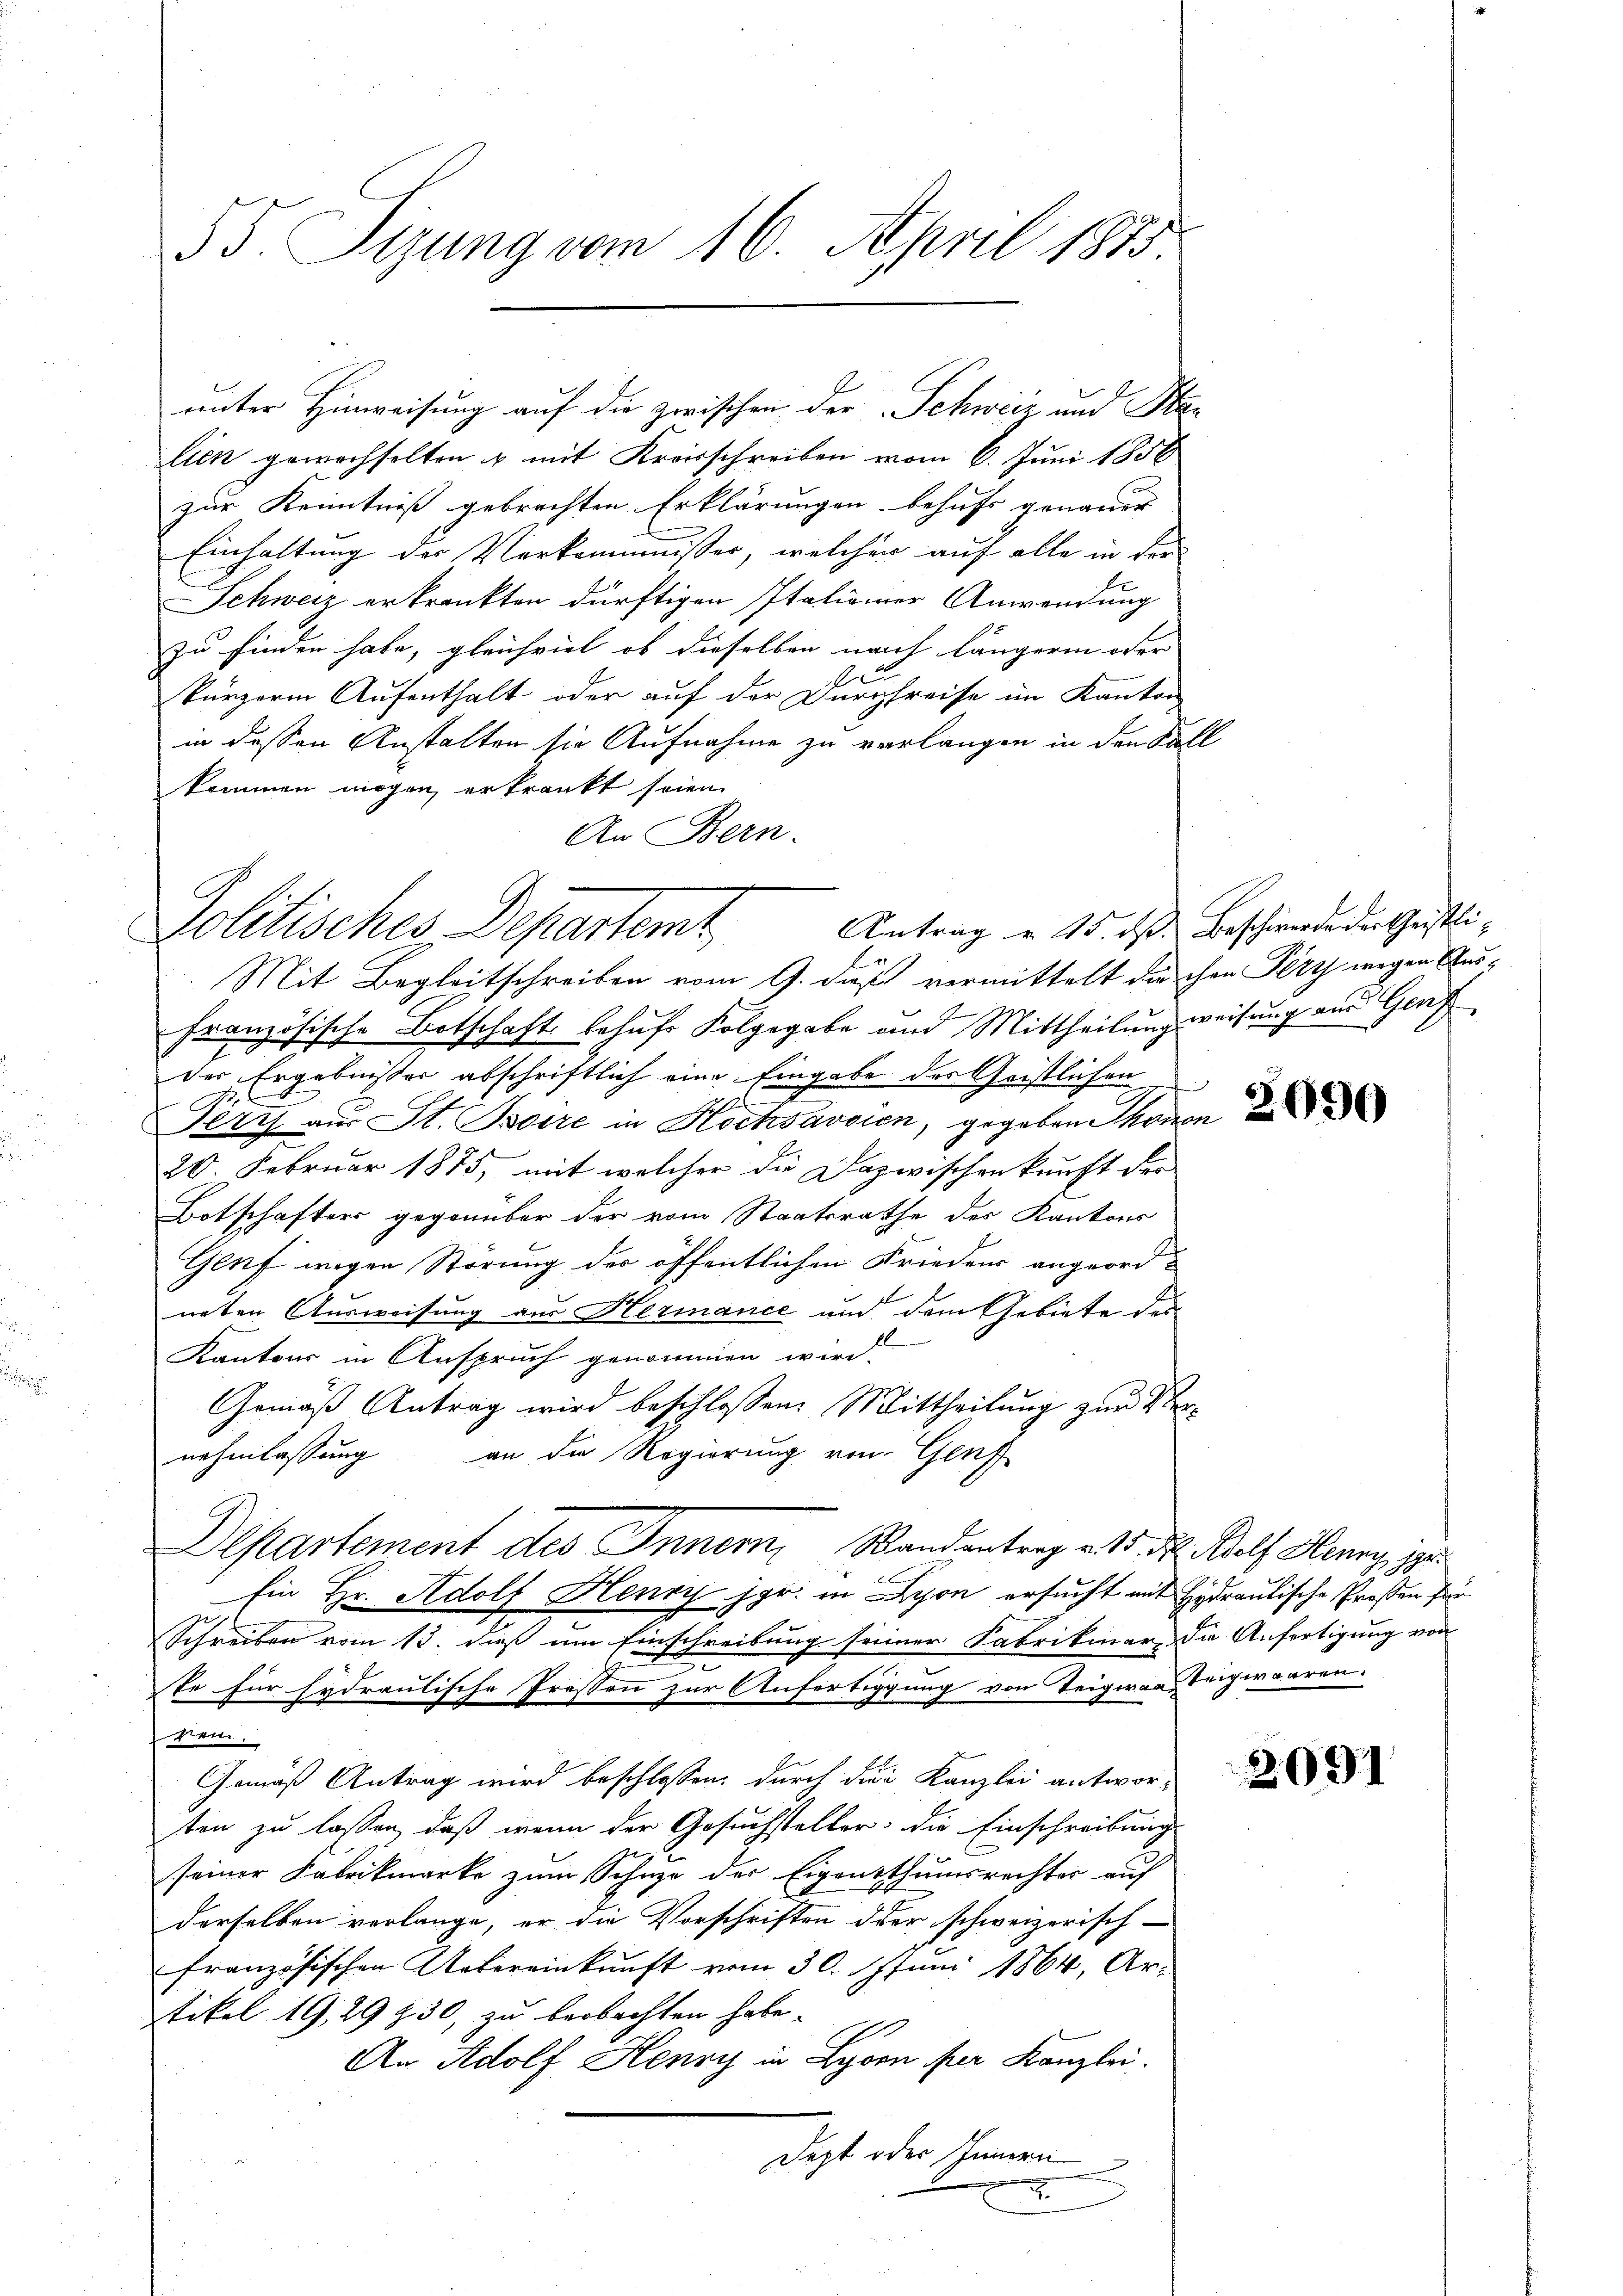
55. Tizung vom 16. April 1875.

unter Hinweisung auf die zwischen der Schweiz und Her
lick gewachselten & mit Kreisschreiben vom 6. Juni 1858
zur Kenntniß gebrachten Erklärungen behufs genauer
Einhaltung der Verkommnisser, welcher auf alle in der
Schweiz erkrankten dürftigen Italiener Anwendung
zu finden habe, gleichviel ob dieselben nach längeren oder
1
kürzern Aufenthalt oder auf der Durchreise im Kanton
in dessen Anstalten sie Aufnahme zu verlangen in den Kall
kommen mögen, erkrankt seien.
An Bern.

Antrag u. 15. ds Beschwerde der Christli-
Politisches Departent

Mit Begleitschreiben vom 9. dieß vermittelt die ihre Petz wegen Aus-
Französische Botschaft behufe Folgegabe und Mittheilung weisung aus Genf
des Ergebnisser abschriftlich eine Eingabe des Geistlichen
14
u
Hery aus St. Baire in Hochvavaien, gegeben kanon
20. Februar 1875, mit welcher die Dazwischenkunft der
Botschafters gegenüber der vom Staatsrathe des Kantons
Genf wegen Störung der öffentlichen Friedens angeord-
neten Ausweisung aus Hermance und dem Gebiete des
Kantons in Anspruch genommen wird.
Gemäß Antrag wird beschlossen: Mittheilung zur Veran die Regierung von Genf
nehmlassung
Departement des Innern, Bandantrag v. 15. d. Wolf Henry zu
Ein Hr. Adolf Henry jgr. in Lyon ersucht mit Hydraulische Proßen für
Schreiben vom 13. daß um Einschreibung seiner Fabrikinar die Anfertigung von
te für Eydraulische Pressen zur Anfertigung von Teigwan Teigwaaren.
it.
Gemäß Antrag wird beschlossen, durch die Kanzlei antwor-
ten zu lassen, daß wenn der Gesuchsteller, die Einschreibung
seiner Fabrikmarke zum Schuze des Eigensthumsrechter auf
derselben verlange, er die Vorschriften oder schweizerisch-
französischen Uebereinkunft vom 30. Juni 1864, Ar-
tikel 19, 29 230, zu beobachten habe.
I
An Adolf Henry in Lyon per Kanzlei.
dest oder Ihnen
.

2091